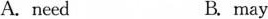
A. need B. may